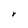
Character: r